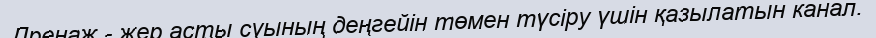
Дренаж - жер асты суының деңгейін төмен түсіру үшін қазылатын канал.